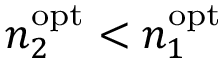
n _ { 2 } ^ { \mathrm { o p t } } < n _ { 1 } ^ { \mathrm { o p t } }